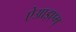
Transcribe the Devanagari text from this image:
ऐआइएम्